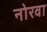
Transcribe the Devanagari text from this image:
नोरवा